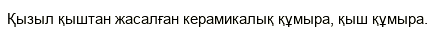
Қызыл қыштан жасалған керамикалық құмыра, қыш құмыра.